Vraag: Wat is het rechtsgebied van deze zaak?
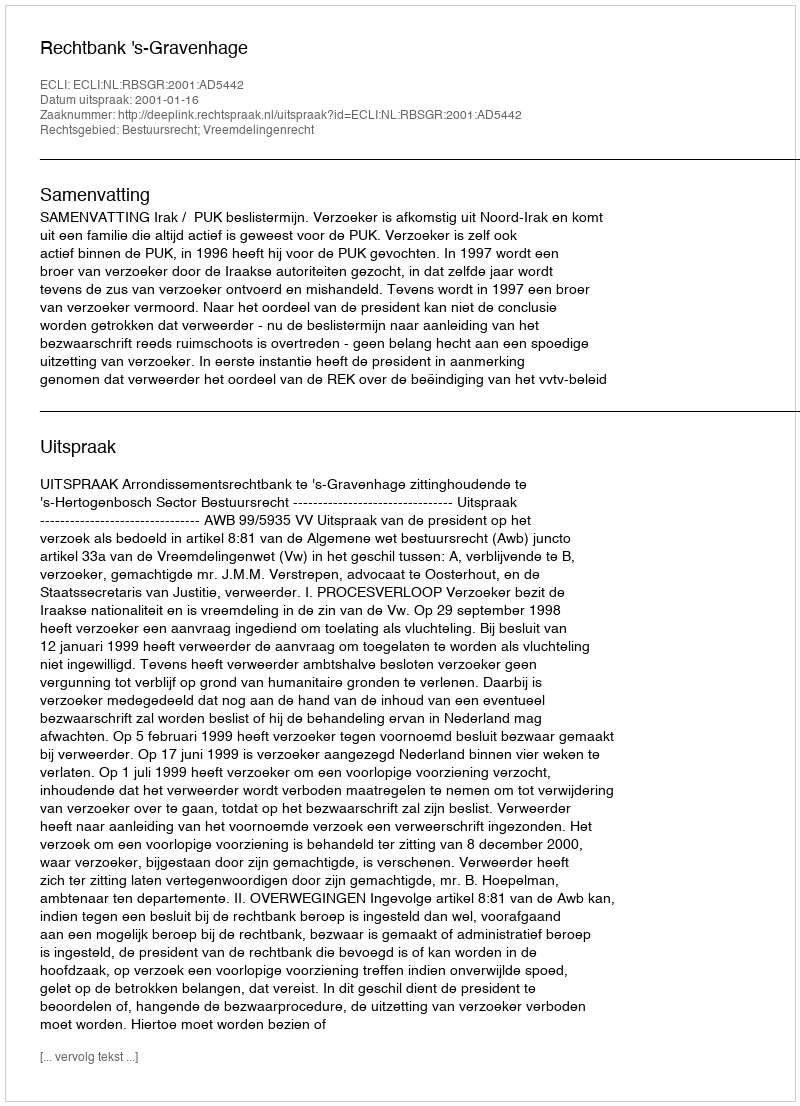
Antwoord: Bestuursrecht; Vreemdelingenrecht